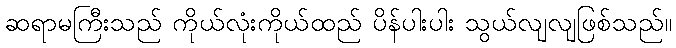
ဆရာမကြီးသည် ကိုယ်လုံးကိုယ်ထည် ပိန်ပါးပါး သွယ်လျလျဖြစ်သည်။